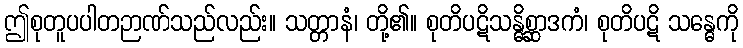
ဤစုတူပပါတဉာဏ်သည်လည်း။ သတ္တာနံ၊ တို့၏။ စုတိပဋိသန္ဓိစ္ဆာဒကံ၊ စုတိပဋိ သန္ဓေကို